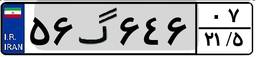
۵۶گ۶۴۶۰۷